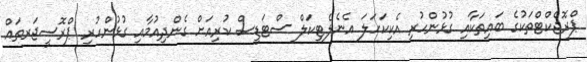
ޕްރޮޖެކްޓްތަކުގެ ބައިތަކާއި ގުޅުންހުރި އެކިކަހަލަ އެނެލެޓިކަލް ސްޓަޑީސް ކުރިއަށް ގެންދިއުމާއި ގުޅުންހުރި ޕްރޮސީޖަރތައް